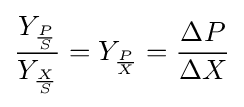
{\frac {Y_{\frac {P}{S}}}{Y_{\frac {X}{S}}}}=Y_{\frac {P}{X}}={\frac {\Delta P}{\Delta X}}